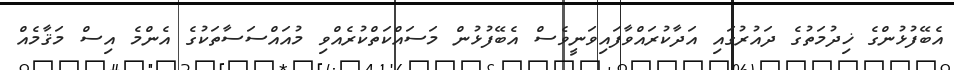
އެބޭފުޅުންގެ ޚިދުމަތުގެ ދައުރުގައި އަދާކުރައްވާފައިވަނީވެސް އެބޭފުޅުން މަސައްކަތްކުރެއްވި މުއައްސަސާތަކުގެ އެންމެ އިސް މަޤާމެއް